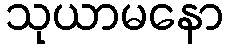
သုယာမနော